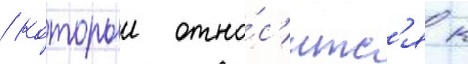
/ которыи отно́с'итс'я к